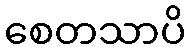
စေတသာပိ